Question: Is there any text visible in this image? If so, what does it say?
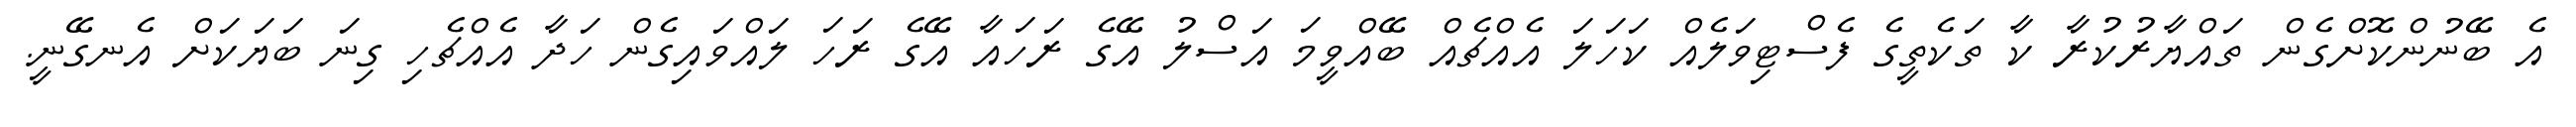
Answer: އެ ބޭނުންކޮށްގެން ތައްޔާރުކުރާ ކާ ތަކެތީގެ ފެސްޓިވަލެއް ކަހަލަ އެއްޗެއް ބޭއްވީމަ އަސްލު އޭގެ ރަހައާ އޭގެ ރަހަ ލައްވައިގެން ހަދާ އެއްޗެހި ގިނަ ބަޔަކަށް އެނގޭނީ.